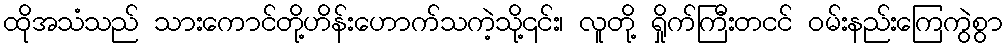
ထိုအသံသည် သားကောင်တို့ဟိန်းဟောက်သကဲ့သို့၎င်း၊ လူတို့ ရှိုက်ကြီးတငင် ဝမ်းနည်းကြေကွဲစွာ